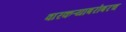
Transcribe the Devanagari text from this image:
वारकऱ्याबरोबरच